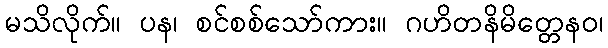
မသိလိုက်။ ပန၊ စင်စစ်သော်ကား။ ဂဟိတနိမိတ္တေနဝ၊